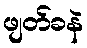
ဖျတ်ခနဲ